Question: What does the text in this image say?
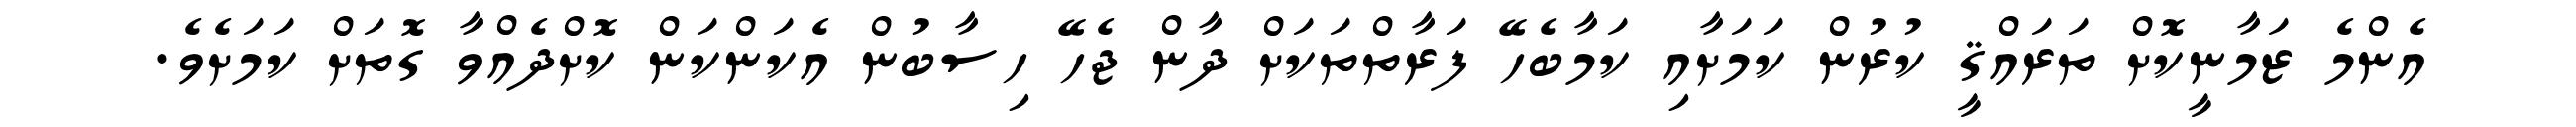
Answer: އެންމެ ޒަމާނީކޮށް ތަރައްޤީ ކުރުން ކަމަށާއި ކަމާބެހޭ ފަރާތްތަކަށް ދާން ޖެހޭ ހިސާބުން އެކަންކަން ކޮށްދެއްވާ ގޮތަށް ކަމަށެވެ.